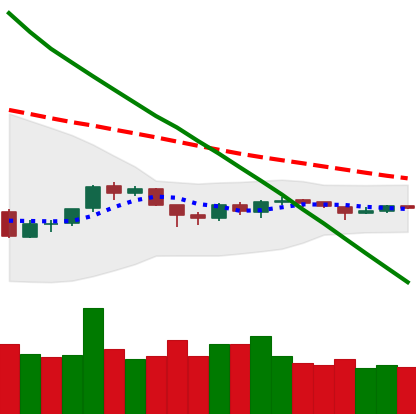
Ticker: ETH-USD
Chart end date: 2018-10-06
Forward return: -15.823%
Label: down_7plus